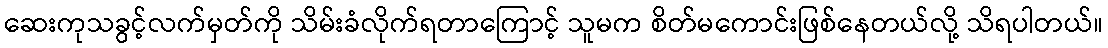
ဆေးကုသခွင့်လက်မှတ်ကို သိမ်းခံလိုက်ရတာကြောင့် သူမက စိတ်မကောင်းဖြစ်နေတယ်လို့ သိရပါတယ်။